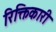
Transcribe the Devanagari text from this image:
रिक्तिकारी